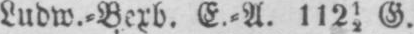
Ludw.⸗Berb. E.⸗A. 11212 G.